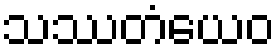
သဿတံယေဝ